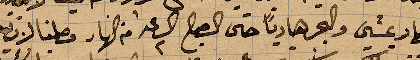
فصار يمشي والبحر هاديًا حتى الصباح الساعة ٢ من النهار وصلنا ...